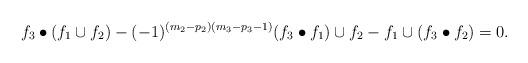
LaTeX: \begin{align*}f_3\bullet (f_1\cup f_2)-(-1)^{(m_2-p_2)(m_3-p_3-1)}(f_3\bullet f_1)\cup f_2-f_1\cup(f_3\bullet f_2)=0.\end{align*}